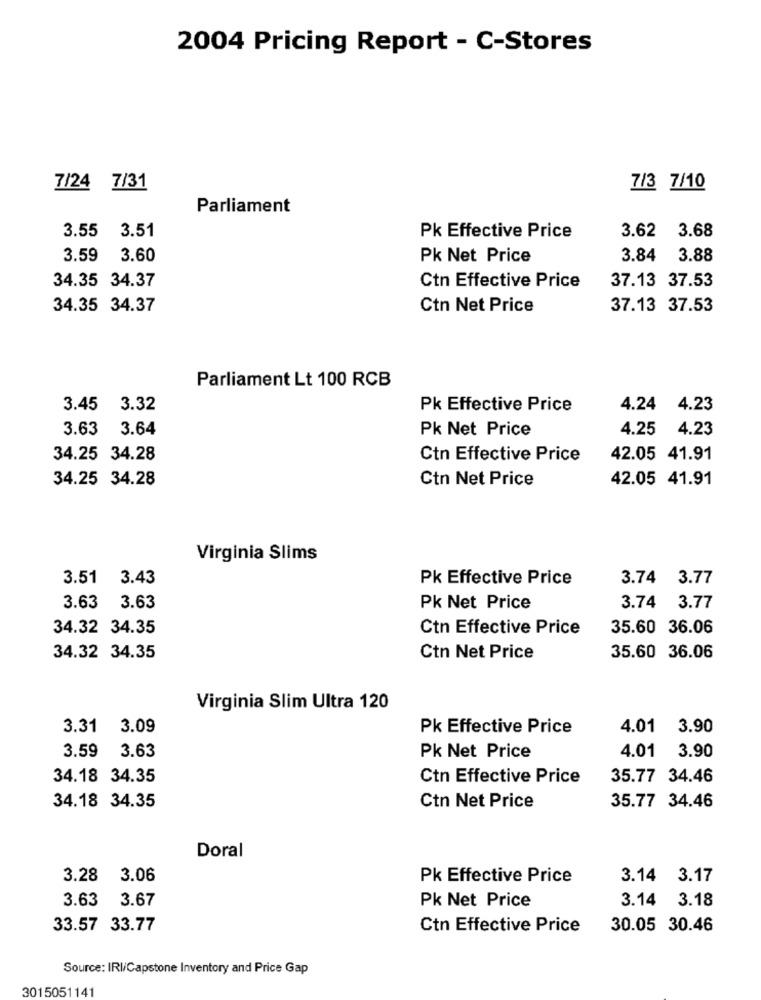
2004 Pricing Report - C-Stores
7/24 7/31
7/3 7/10
Parliament
3.55 3.51
Pk Effective Price
3.62
3.68
3.59 3.60
Pk Net Price
3.84
3.88
34.35 34.37
37.13 37.53
Ctn Effective Price
34.35 34.37
Ctn Net Price
37.13 37.53
Parliament Lt 100 RCB
3.45 3.32
Pk Effective Price
4.24 4.23
3.63 3.64
Pk Net Price
4.25
4.23
34.25 34.28
Ctn Effective Price
42.05 41.91
34.25 34.28
Ctn Net Price
42.05 41.91
Virginia Slims
3.51 3.43
Pk Effective Price
3.74 3.77
3.63
3.63
Pk Net Price
3.74 3.77
34.32 34.35
Ctn Effective Price
35.60 36.06
34.32 34.35
Ctn Net Price
35.60 36.06
Virginia Slim Ultra 120
3.31 3.09
Pk Effective Price
4.01
3.90
3.59
3.63
4.01
3.90
Pk Net Price
34.18 34.35
Ctn Effective Price
35.77 34.46
34.18 34.35
Ctn Net Price
35.77 34.46
Doral
3.28
3.06
Pk Effective Price
3.14 3.17
3.63
3.67
Pk Net Price
3.14 3.18
33.57 33.77
Ctn Effective Price
30.05 30.46
Source: IRI/Capstone Inventory and Price Gap
3015051141